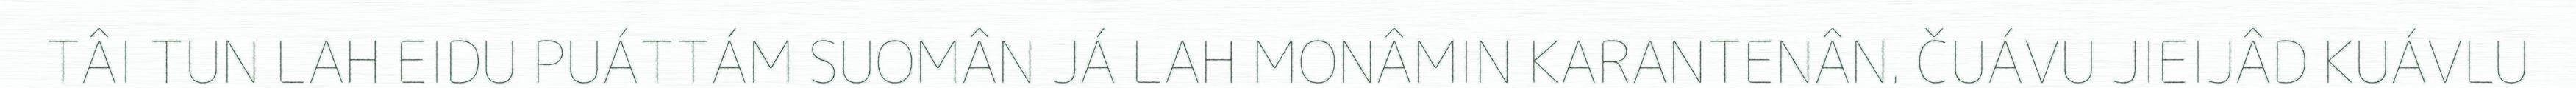
TÂI TUN LAH EIDU PUÁTTÁM SUOMÂN JÁ LAH MONÂMIN KARANTENÂN. ČUÁVU JIEIJÂD KUÁVLU